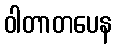
ဝါတာတပေန